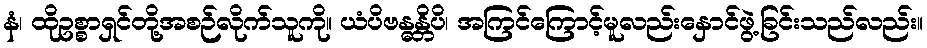
နံ၊ ထိုဥစ္စာရှင်တို့အစဉ်လိုက်သူကို။ ယံပိဗန္ဓန္တိပိ၊ အကြင်ကြောင့်မူလည်းနှောင်ဖွဲ့ခြင်းသည်လည်း။